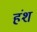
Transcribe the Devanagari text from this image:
हंश